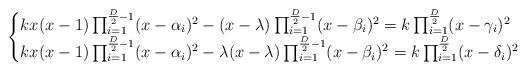
LaTeX: \begin{align*}\begin{cases}kx(x-1)\prod_{i=1}^{\frac{D}{2}-1}(x-\alpha_i)^2-(x-\lambda)\prod_{i=1}^{\frac{D}{2}-1}(x-\beta_i)^2=k\prod_{i=1}^{\frac{D}{2}}(x-\gamma_i)^2\\kx(x-1)\prod_{i=1}^{\frac{D}{2}-1}(x-\alpha_i)^2-\lambda(x-\lambda)\prod_{i=1}^{\frac{D}{2}-1}(x-\beta_i)^2=k\prod_{i=1}^{\frac{D}{2}}(x-\delta_i)^2\end{cases}\end{align*}